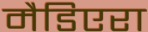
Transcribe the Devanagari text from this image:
मैडिएरा